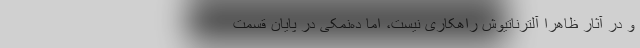
و در آثار ظاهرا آلترناتیوش راهکاری نیست، اما ده‌نمکی در پایان قسمت